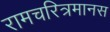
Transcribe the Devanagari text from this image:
रामचरित्रमानस